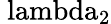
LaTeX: \mathrm{\ lambda_{2}}